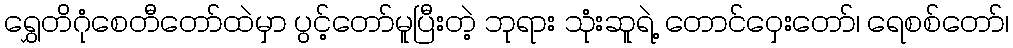
ရွှေတိဂုံစေတီတော်ထဲမှာ ပွင့်တော်မူပြီးတဲ့ ဘုရား သုံးဆူရဲ့ တောင်ဝှေးတော်၊ ရေစစ်တော်၊